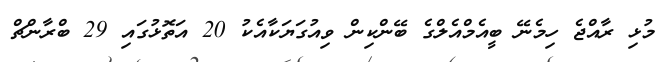
މުޅި ރާއްޖެ ހިމެނޭ ބީއެމްއެލްގެ ބޭންކިން ވިއުގަޔަކާއެކު 20 އަތޮޅުގައި 29 ބްރާންޗް